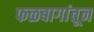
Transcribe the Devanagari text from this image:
फळबागांतून